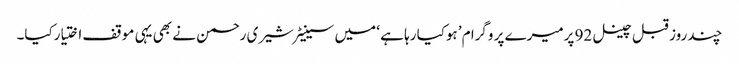
چند روز قبل چینل 92 پرمیرے پر وگرا م ’ہوکیا رہا ہے ‘ میں سینیٹرشیری رحمن نے بھی یہی موقف اختیارکیا۔